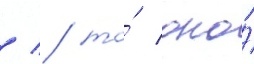
/ / то́ оно́